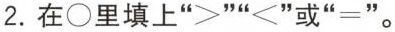
2.在○里填上”>””<”或”=”.